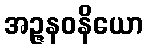
အဉ္ဇနဝနိယော